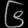
Digit: ၆